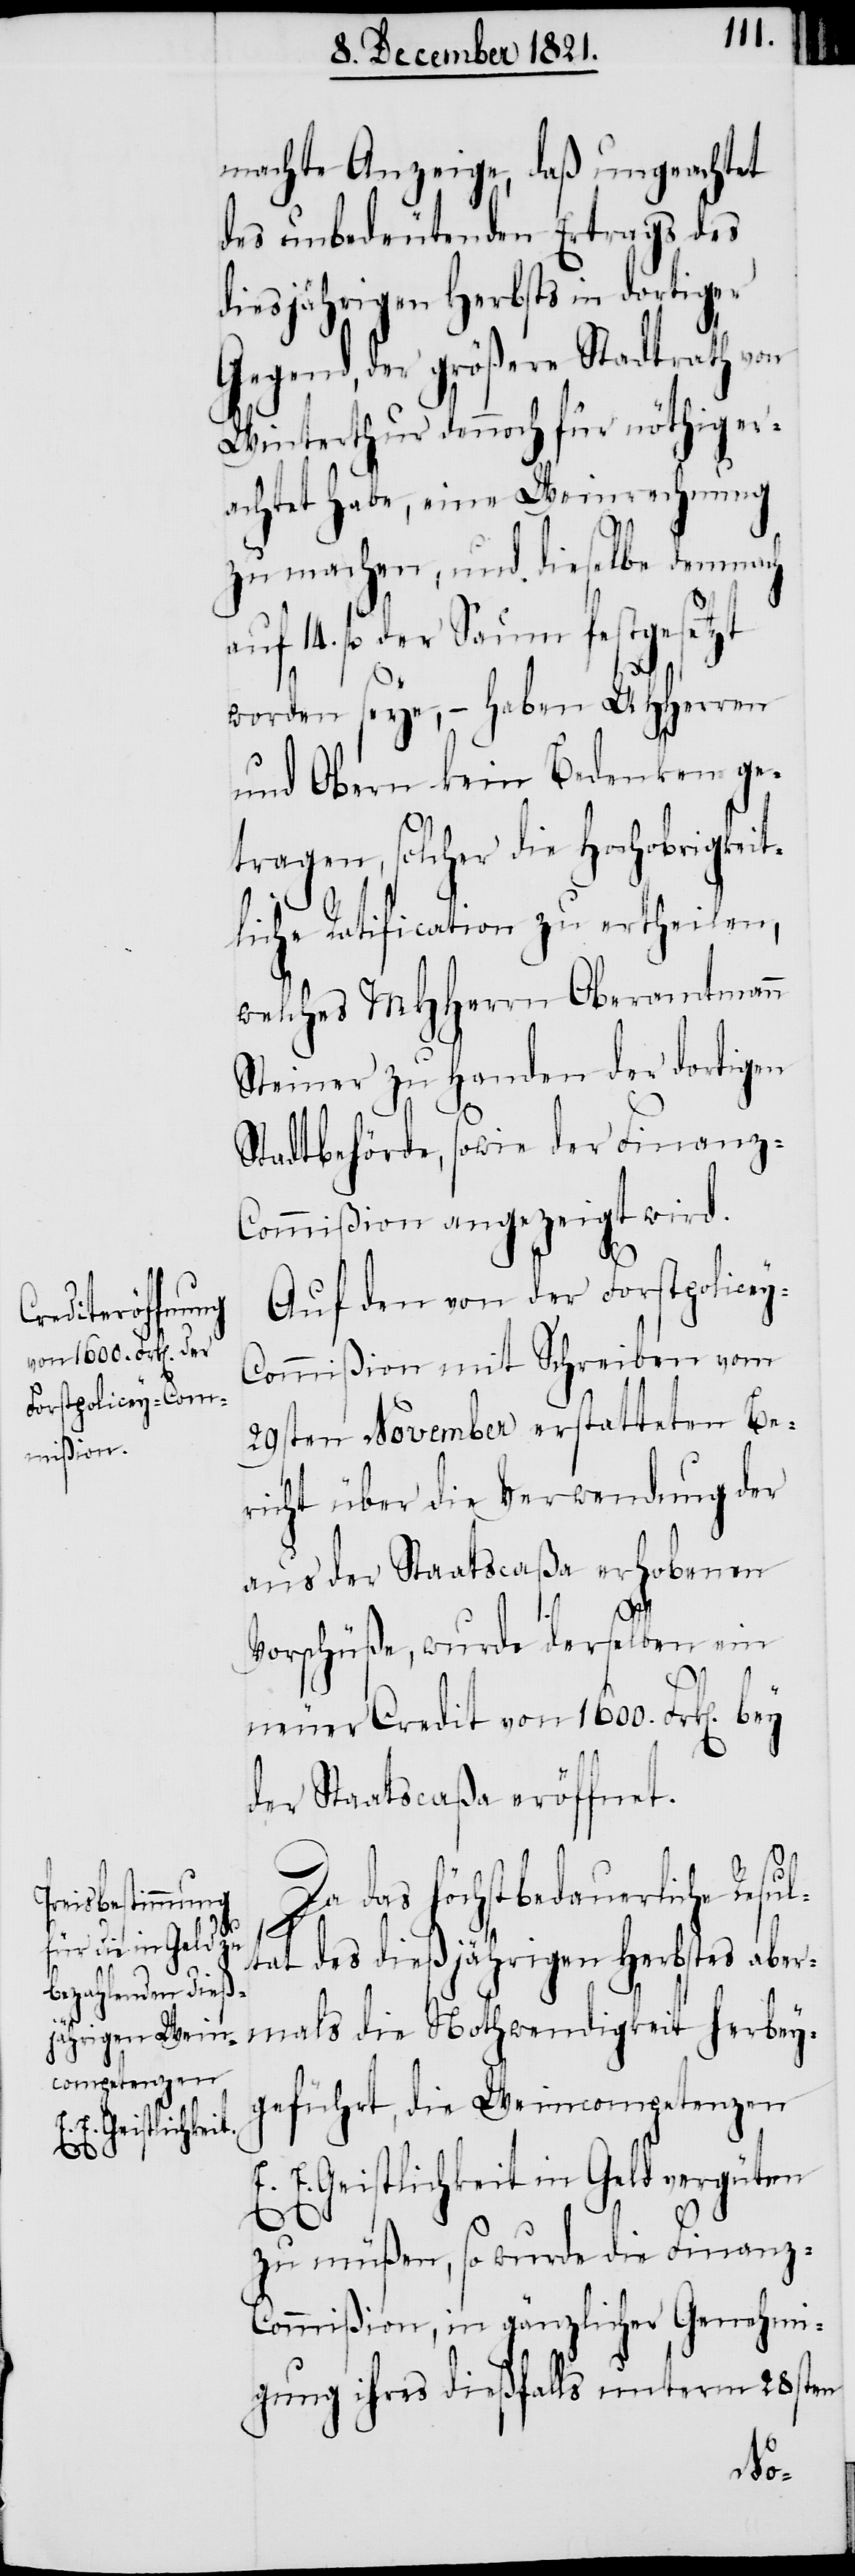
14.
machte Anzeige, daß ungeachtet
des unbedeutenden Ertrags des
diesjährigen Herbsts in dortiger
Gegend, der größere Stadtrath von
Winterthur dennoch für nöthig er¬
achtet habe, eine Weinrechnung
zu machen, und dieselbe demnach
fl. der Saum festgesetzt
worden seye, – haben UHHerren
und Obern kein Bedenken ge¬
tragen, solcher die Hochobrigkeit¬
liche Ratification zu ertheilen,
welches MHHerrn Oberamtmann
Steiner zu Handen der dortigen
Stadtbehörde, sowie der Finanz-C¬
ommißion angezeigt wird.
Auf den von der Forstpolicey-C¬
ommißion mit Schreiben vom
29sten November erstatteten Be¬
richt über die Verwendung der
aus der Staatscaßa erhobenen
Vorschüße, wurde derselben ein
neuer Credit von 1600. Frk[en].
der Staatscaßa eröffnet.
Da das höchst bedauerliche Resu¬
ltat des dießjährigen Herbstes aber¬
mals die Nothwendigkeit herbey¬
geführt, die Weincompetenzen
E. Geistlichkeit in Geld vergüten
E.
zu müßen, so wurde die Finanz-C¬
ommißion, in gänzlicher Genehmi¬
gung ihres dießfalls unterm 28sten
No-